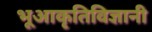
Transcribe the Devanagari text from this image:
भूआकृतिविज्ञानी